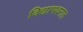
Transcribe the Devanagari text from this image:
विद्याभवनात